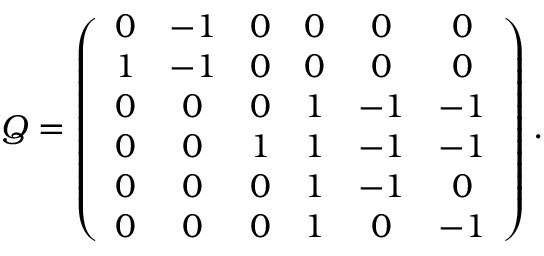
Q = \left( \begin{array} { c c c c c c r } { { 0 } } & { { - 1 } } & { { 0 } } & { { 0 } } & { { 0 } } & { { 0 } } \\ { { 1 } } & { { - 1 } } & { { 0 } } & { { 0 } } & { { 0 } } & { { 0 } } \\ { { 0 } } & { { 0 } } & { { 0 } } & { { 1 } } & { { - 1 } } & { { - 1 } } \\ { { 0 } } & { { 0 } } & { { 1 } } & { { 1 } } & { { - 1 } } & { { - 1 } } \\ { { 0 } } & { { 0 } } & { { 0 } } & { { 1 } } & { { - 1 } } & { { 0 } } \\ { { 0 } } & { { 0 } } & { { 0 } } & { { 1 } } & { { 0 } } & { { - 1 } } \end{array} \right) .